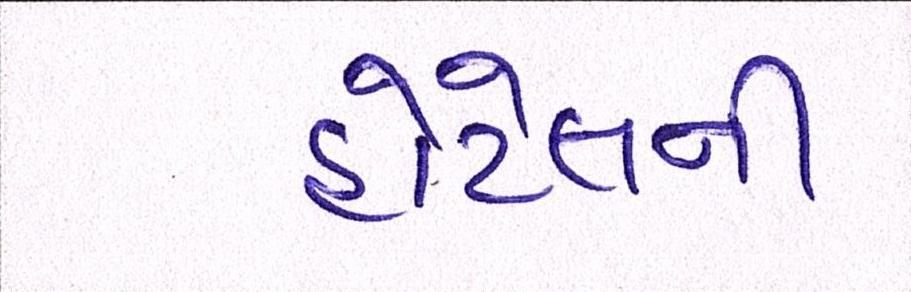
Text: હોટેલની